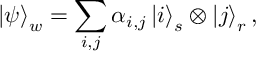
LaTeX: \left| \psi \right\rangle _ { w } = \sum _ { i , j } \alpha _ { i , j } \left| i \right\rangle _ { s } \otimes \left| j \right\rangle _ { r } ,